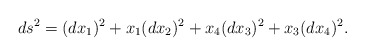
\begin{align*} ds^{2}=(dx_{1})^{2}+x_1(dx_{2})^{2}+x_4 (dx_{3})^{2}+x_3(dx_{4})^{2}.\end{align*}